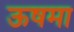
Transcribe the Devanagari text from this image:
ऊषमा